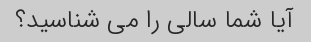
آیا شما سالی را می شناسید؟